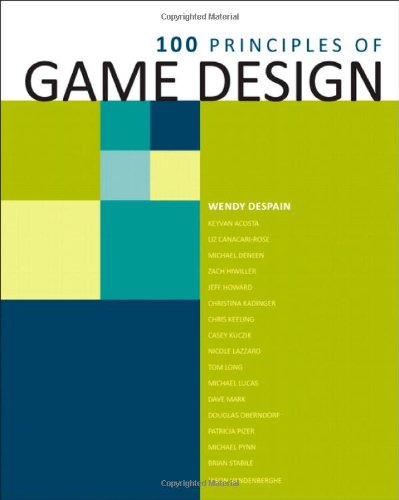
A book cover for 100 Principles of Game Design; Wendy Despain; Computers & Technology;